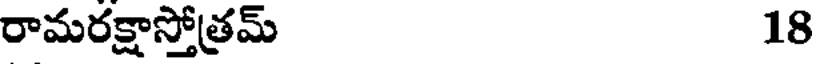
రామరక్షాస్తోత్రమ్ 18